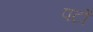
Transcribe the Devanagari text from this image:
पटों